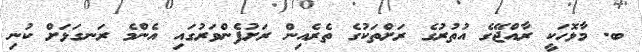
ބ. މާޅޮހަކީ ރާއްޖޭގެ އުތުރުގެ ރަށްތަކުގެ ތެރެއިން ރަށުފެންވަރުގައި އެންމެ ރަނގަޅަށް ކުނި